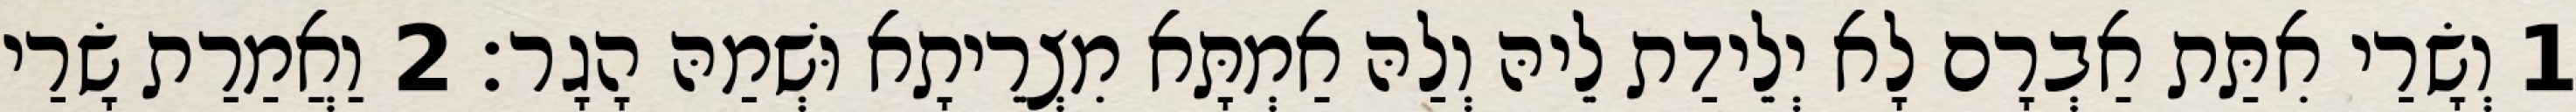
1 וְשָׂרַי אִתַּת אַבְרָם לָא יְלֵידַת לֵיהּ וְלַהּ אַמְתָּא מִצְרֵיתָא וּשְׁמַהּ הָגָר׃ 2 וַאֲמַרַת שָׂרַי